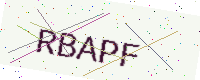
Text: RBAPF